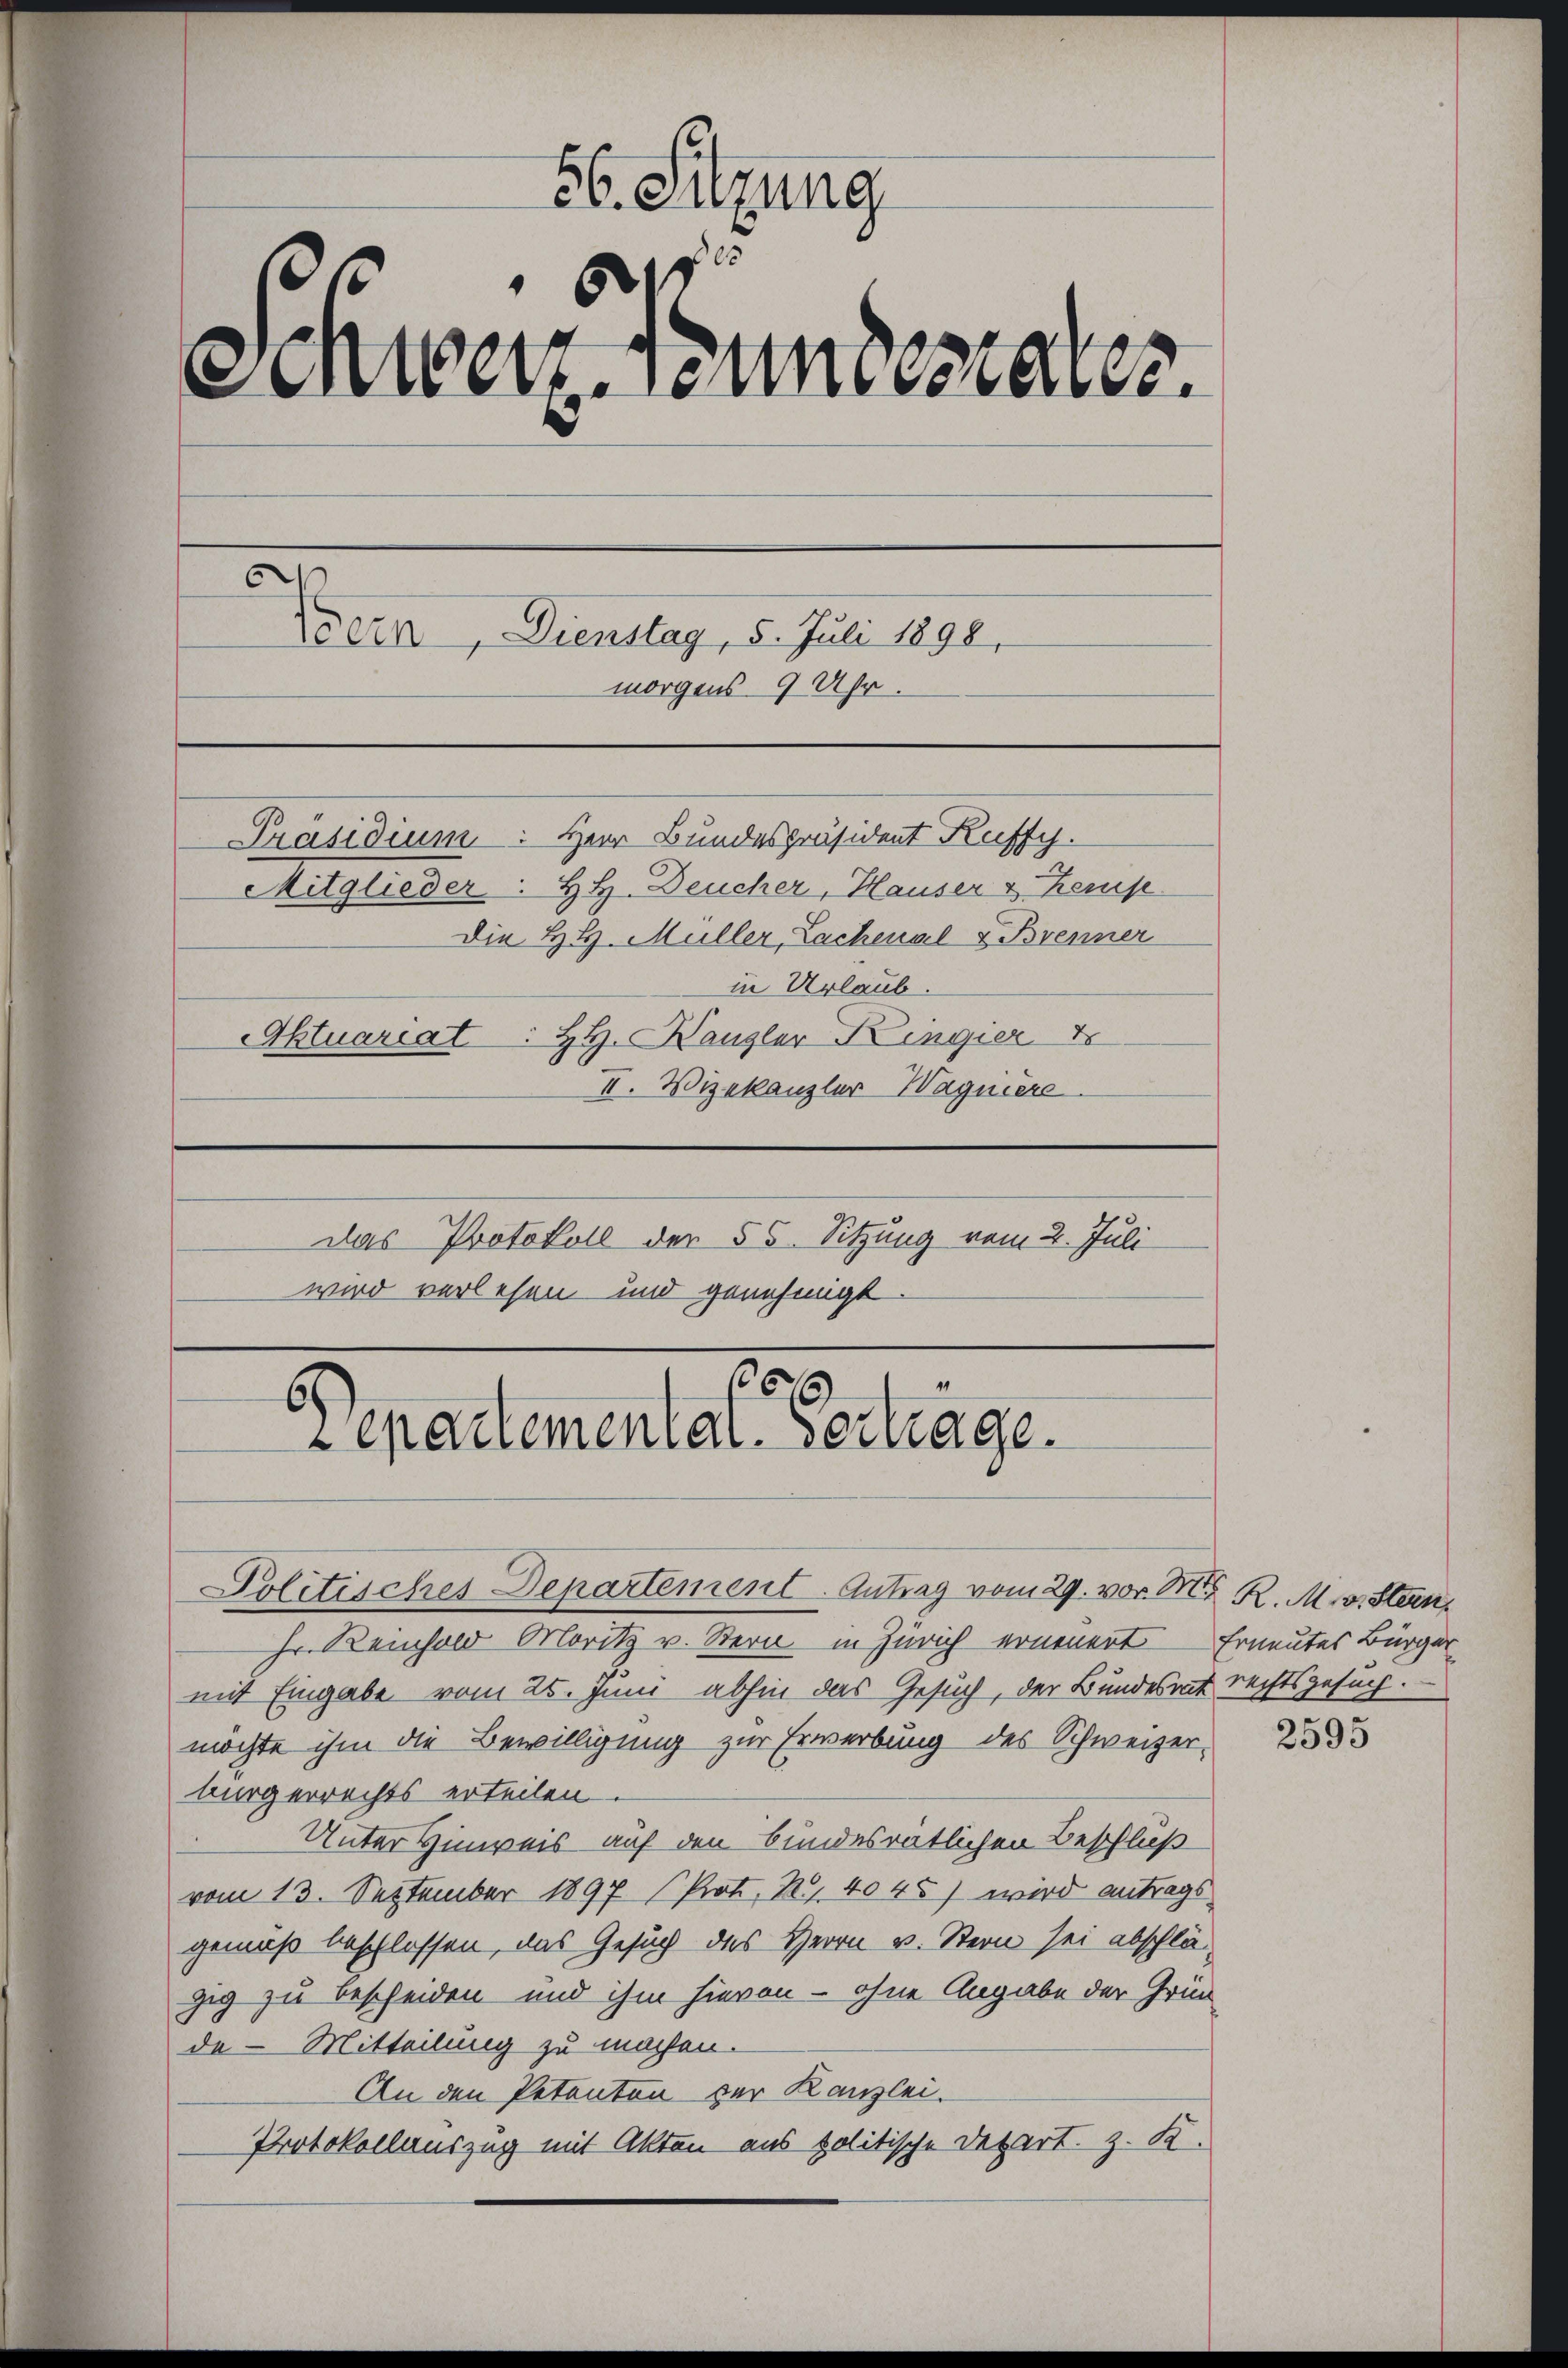
56. Sitzung
155
d
Schweiz. Bundesrates.
Doern, Dienstag, 5. Juli 1898.
morgens 9 Uhr.
Präsidium. Herr Bundespräsident Kuffy.
Mitglieder: H. H. Deucher, Hauser v. Kemp
Die H. H. Müller, Lachenal & Brenner
in Urlaub.
Aktuariat : HH. Kanzler Kingier
II. Vizekanzler Wagniere
Das Protokoll der 55. Sitzung vom 2. Juli
wird verlesen und genehmigt.
4
209
epartementat. Gertrage.

Politisches Departement. Antrag vom 29. vor M. R. M. v. Stein¬

Hr. Reinhold Moritz v. Stern in Zürich erneuert Erneutes Bürger
mit Eingabe vom 25. Juni abhin das Gesuch, der Bundesrat rechtsgesuch.
möchte ihm die Bewilligung zur Erwerbung des Schweizer-
bürgerrechts erteilen.
Unter Hinweis auf den bundesrätlichen Beschluß
vom 13. September 1897 (Prot. R. 4045) wird antrags
gemäß beschlossen, das Gesuch des Herrn v. Stern sei abschlä
zig zu bescheiden und ihm hievon - ohne Angabe der Grün-
de Mitteilung zu machen.
An den Petenten zur Kanzlei.
Protokollauszug mit Akten aus politische Depart. z. K.

2595